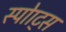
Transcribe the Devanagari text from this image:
स्पोाट्स